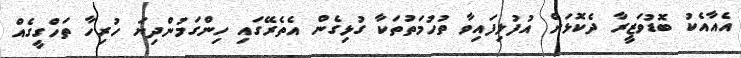
އެއާއެކު ބޮޑުވަޒީރާ ދެކޮޅަށް އުފުލިފައިވާ ތުހުމަތުތަކާ ގުޅިގެން އެތެރޭގައި ހިންގަމުންދިޔަ ހުރިހާ ތަހްގީގެއް